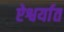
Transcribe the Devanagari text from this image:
ऐश्वर्यात